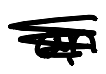
Text: an
Cross-out: scratch
Writing tool: digital_black